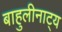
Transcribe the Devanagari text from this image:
बाहुलीनाट्य